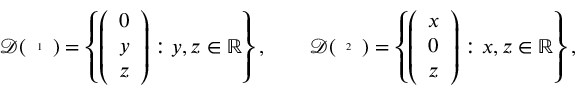
\mathcal { D } ( { \tiny \begin{array} { c } { 1 } \end{array} } ) = \left\{ \left( \begin{array} { l } { 0 } \\ { y } \\ { z } \end{array} \right) : y , z \in \mathbb { R } \right\} , \qquad \mathcal { D } ( { \tiny \begin{array} { c } { 2 } \end{array} } ) = \left\{ \left( \begin{array} { l } { x } \\ { 0 } \\ { z } \end{array} \right) : x , z \in \mathbb { R } \right\} ,